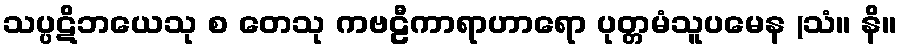
သပ္ပဋိဘယေသု စ တေသု ကဗဠီကာရာဟာရော ပုတ္တမံသူပမေန (သံ။ နိ။